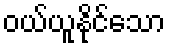
ဝယ်ယူနိုင်သော